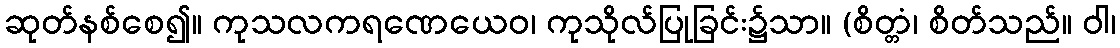
ဆုတ်နစ်စေ၍။ ကုသလကရဏေယေဝ၊ ကုသိုလ်ပြုခြင်း၌သာ။ (စိတ္တံ၊ စိတ်သည်။ ဝါ၊